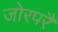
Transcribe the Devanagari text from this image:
जोरपरै